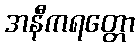
အနီကရတ္တော